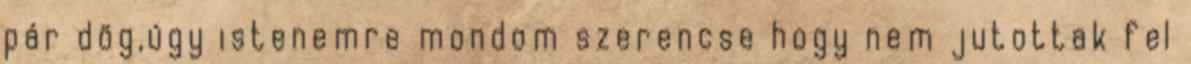
pár dög,úgy istenemre mondom szerencse hogy nem jutottak fel